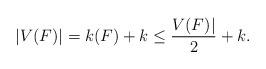
LaTeX: \begin{align*} |V(F)| = k(F)+k\leq \frac{V(F)|}{2}+k.\end{align*}